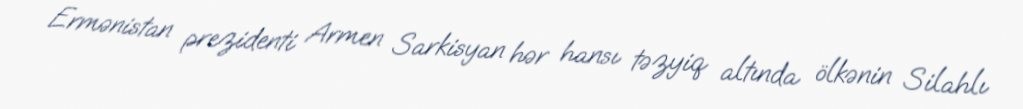
Ermənistan prezidenti Armen Sarkisyan hər hansı təzyiq altında ölkənin Silahlı